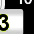
Digit: 3